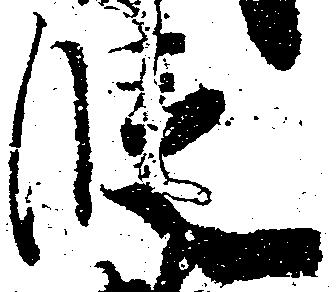
段